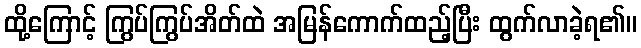
ထို့ကြောင့် ကြွပ်ကြွပ်အိတ်ထဲ အမြန်ကောက်ထည့်ပြီး ထွက်လာခဲ့ရ၏။